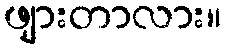
ဖျားတာလား။